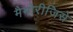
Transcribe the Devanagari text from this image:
मैमोरीजिसे